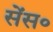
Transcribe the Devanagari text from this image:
सेंस०